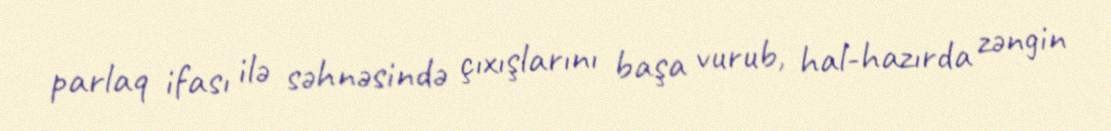
parlaq ifası ilə səhnəsində çıxışlarını başa vurub, hal-hazırda zəngin